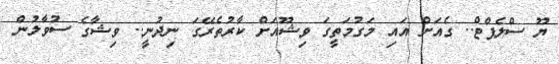
ޔޫ ސްލެޕްޓް.. ގެއަށް އައި މަގުމަތީގަ ވިޝޫއަށް ކާރުތެރޭގަ ނިދުނީ.. ވިޝާގެ ސުވާލުން